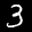
Label: 3